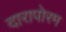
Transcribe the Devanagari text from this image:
दारापोरम